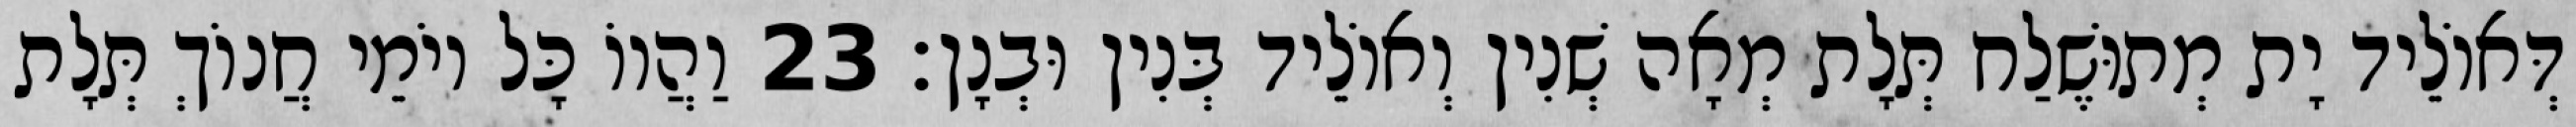
דְּאוֹלֵיד יָת מְתוּשֶׁלַח תְּלָת מְאָה שְׁנִין וְאוֹלֵיד בְּנִין וּבְנָן׃ 23 וַהֲווֹ כָּל יוֹמֵי חֲנוֹךְ תְּלָת